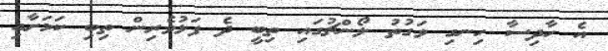
އެ ހާދިސާ ހިނގި ވަގުތު ލޯންޗުގައި ތިބީ ދެ ފަޅުވެރިން ތިބި ކަމަށާއި